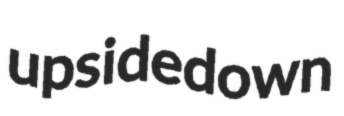
upsidedown